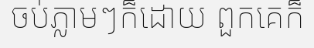
ចប់ភ្លាមៗក៏ដោយ ពួកគេក៏